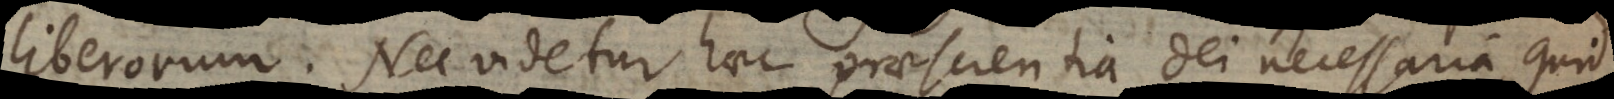
liberorum. Nec videtur haec praescientia Dei necessaria, quid